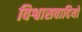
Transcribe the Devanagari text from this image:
विश्वासवादियों